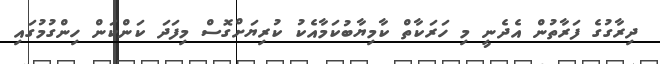
ދިރާގުގެ ފަރާތުން އެދެނީ މި ހަރަކާތް ކާމިޔާބުކަމާއެކު ކުރިޔަށްގޮސް މިފަދަ ކަންކަން ހިންގުމުގައި